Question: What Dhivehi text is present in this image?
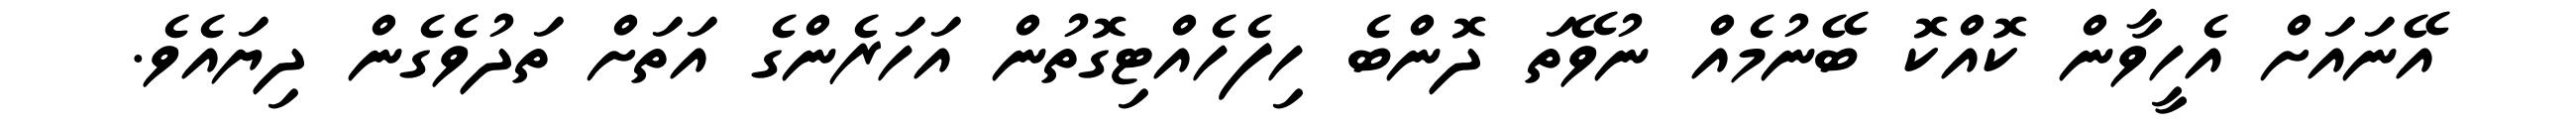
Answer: އޭނައަށް އެހީވާން ކޮއްކޮ ބޭނުމެއް ނުވޭތަ ދޮންބެ ހިފެހެއްޓިގޮތުން އަހަރެންގެ އަތަށް ތަދުވެގެން ދިޔައެވެ.